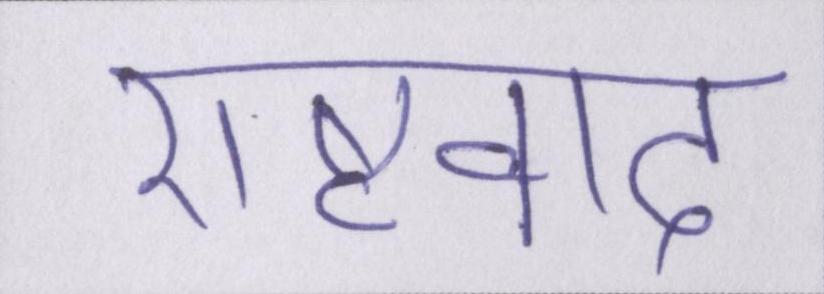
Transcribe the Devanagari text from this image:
राष्ट्रवाद